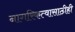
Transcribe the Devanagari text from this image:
नागरिकत्वासाठीही